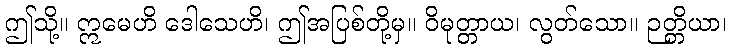
ဤသို့။ ဣမေဟိ ဒေါသေဟိ၊ ဤအပြစ်တို့မှ။ ဝိမုတ္တာယ၊ လွတ်သော။ ဉတ္တိယာ၊